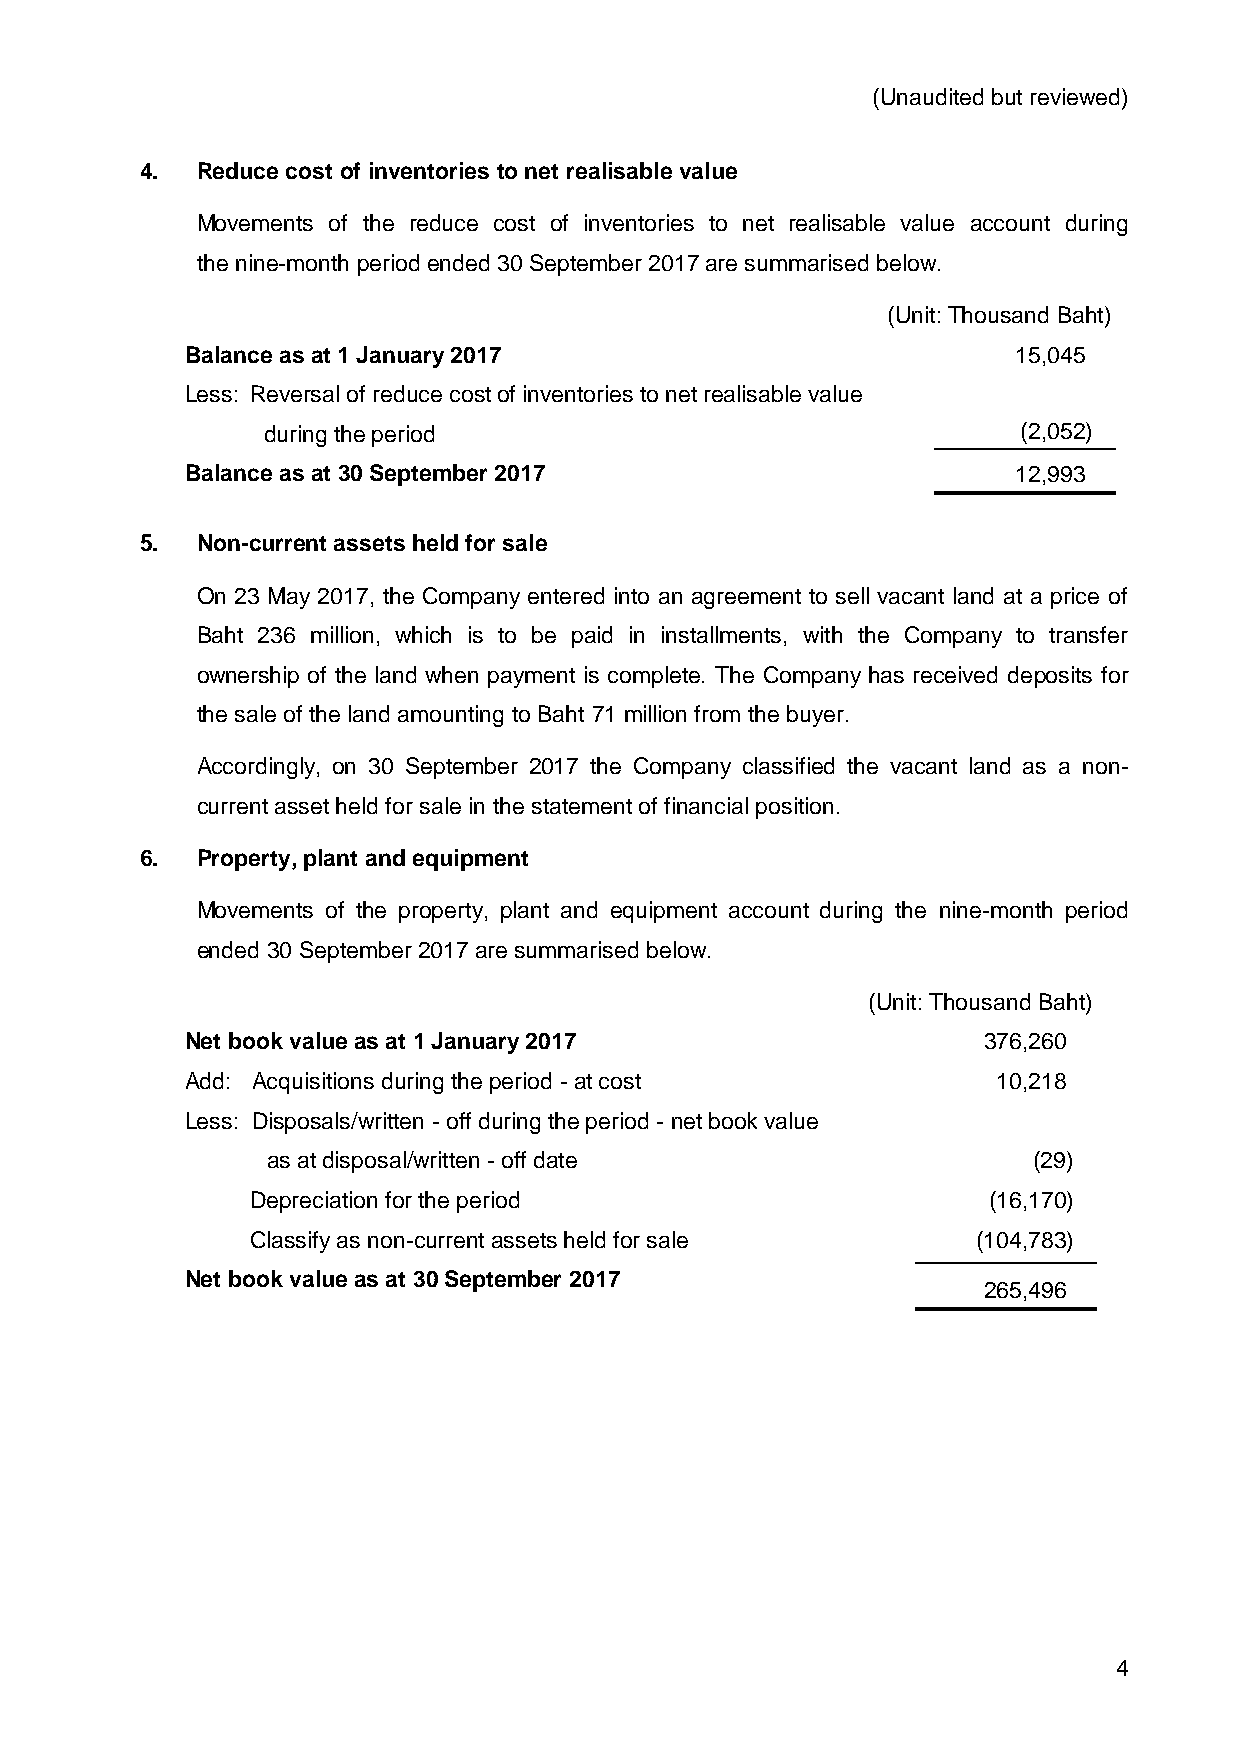
(Unaudited but reviewed)
 4.  Reduce cost of inventories to net realisable value
 Movements of the reduce cost of inventories to net realisable value account during
 the nine-month period ended 30 September 2017 are summarised below.
 (Unit: Thousand Baht)
 Balance as at 1 January 2017                           15,045
 Less: Reversal of reduce cost of inventories to net realisable value
 during the period                                  (2,052)
 Balance as at 30 September 2017                        12,993
 5.  Non-current assets held for sale
 On 23 May 2017, the Company entered into an agreement to sell vacant land at a price of
 Baht 236 million, which is to be paid in installments, with the Company to transfer
 ownership of the land when payment is complete. The Company has received deposits for
 the sale of the land amounting to Baht 71 million from the buyer.
 Accordingly, on 30 September 2017 the Company classified the vacant land as a non-
 current asset held for sale in the statement of financial position.
 6.  Property, plant and equipment
 Movements of the property, plant and equipment account during the nine-month period
 ended 30 September 2017 are summarised below.
 (Unit: Thousand Baht)
 Net book value as at 1 January 2017                  376,260
 Add: Acquisitions during the period - at cost         10,218
 Less: Disposals/written - off during the period - net book value
 as at disposal/written - off date                 (29)
 Depreciation for the period                     (16,170)
 Classify as non-current assets held for sale    (104,783)
 Net book value as at 30 September 2017
 265,496
 4